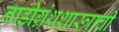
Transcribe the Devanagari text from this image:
नाडीग्रंथशास्त्राची